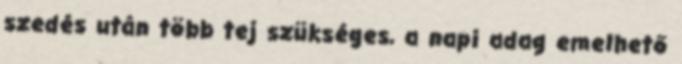
szedés után több tej szükséges, a napi adag emelhető